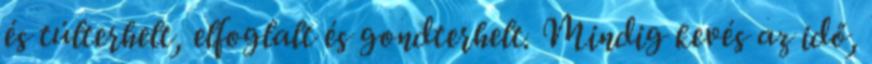
és túlterhelt, elfoglalt és gondterhelt. Mindig kevés az idő,